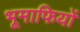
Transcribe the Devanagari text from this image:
भूमाफियों